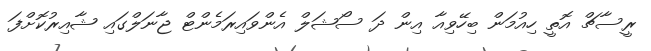
ރީސާޗް އޮތީ ހިއުމަން ބިހޭވިއާ އިން ދަ ސޯޝަލް އެންވައިރަމެންޓް ޖާނަލްގައި ޝާއިރުކޮށްފަ